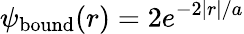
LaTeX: \psi_{\mathrm{bound}}(r)=2e^{-2|r|/a}